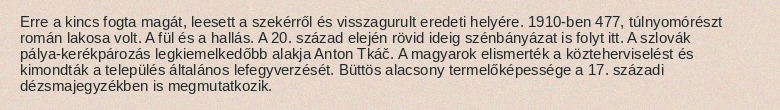
Erre a kincs fogta magát, leesett a szekérről és visszagurult eredeti helyére. 1910-ben 477, túlnyomórészt román lakosa volt. A fül és a hallás. A 20. század elején rövid ideig szénbányázat is folyt itt. A szlovák pálya-kerékpározás legkiemelkedőbb alakja Anton Tkáč. A magyarok elismerték a közteherviselést és kimondták a település általános lefegyverzését. Büttös alacsony termelőképessége a 17. századi dézsmajegyzékben is megmutatkozik.